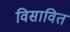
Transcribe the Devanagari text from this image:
विसावित